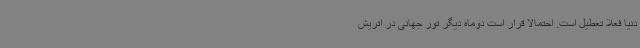
دنیا فعلا تعطیل است. احتمالا قرار است دوماه دیگر تور جهانی در اتریش